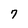
Character: 7